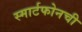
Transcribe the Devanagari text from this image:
स्मार्टफोनची